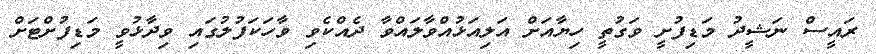
ރައީސް ނަޝީދު މަޑިފުށީ ވަގުތީ ހިޔާއަށް އަލިއަޅުއްވާލައްވާ ދެއްކެވި ވާހަކަފުލުގައި ވިދާޅުވީ މަޑިފުށްޓަށް